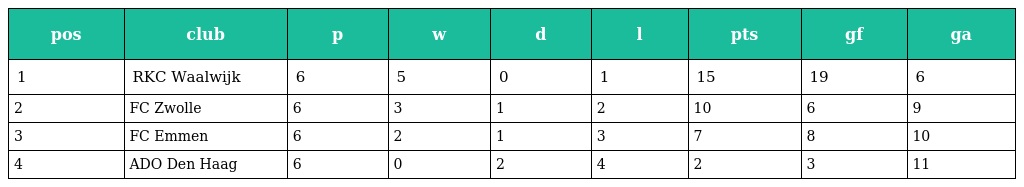
| pos | club | p | w | d | l | pts | gf | ga |
 | --- | --- | --- | --- | --- | --- | --- | --- | --- |
 | 1 | RKC Waalwijk | 6 | 5 | 0 | 1 | 15 | 19 | 6 |
 | 2 | FC Zwolle | 6 | 3 | 1 | 2 | 10 | 6 | 9 |
 | 3 | FC Emmen | 6 | 2 | 1 | 3 | 7 | 8 | 10 |
 | 4 | ADO Den Haag | 6 | 0 | 2 | 4 | 2 | 3 | 11 |